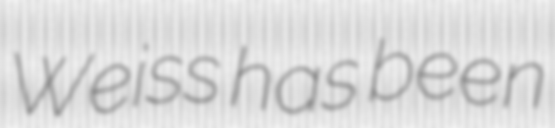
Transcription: Weiss has been